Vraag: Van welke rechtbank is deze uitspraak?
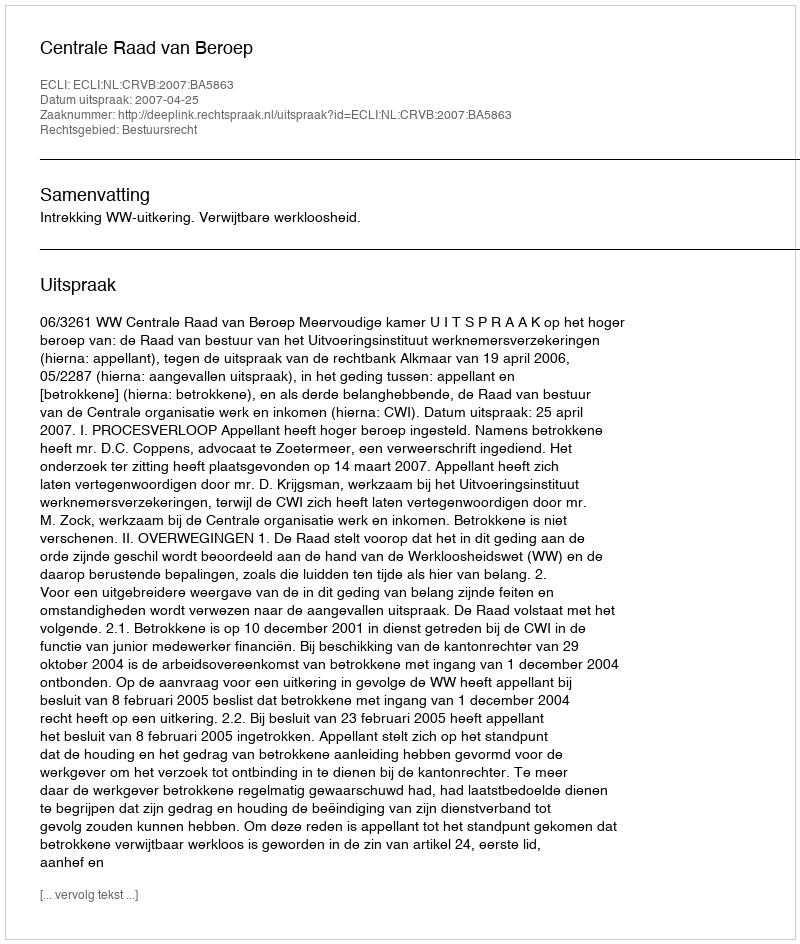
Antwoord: Centrale Raad van Beroep